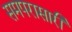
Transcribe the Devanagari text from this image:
समपरासारी